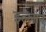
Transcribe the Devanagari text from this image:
इल्लान